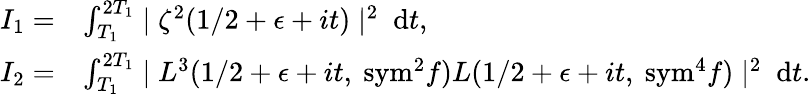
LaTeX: \begin{array}{rl}{I_{1}=}&{\int_{T_{1}}^{2T_{1}}\mid\zeta^{2}(1/2+\epsilon+it)\mid^{2}\ \mathrm{d}t,}\\ {I_{2}=}&{\int_{T_{1}}^{2T_{1}}\mid L^{3}(1/2+\epsilon+it,\ {\mathrm{sym}^{2}}f)L(1/2+\epsilon+it,\ \mathrm{{sym}}^{4}f)\mid^{2}\ \mathrm{d}t.}\end{array}